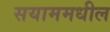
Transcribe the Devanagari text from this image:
सयाममधील